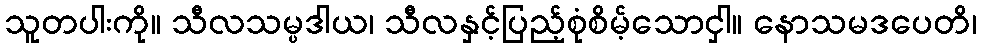
သူတပါးကို။ သီလသမ္ပဒါယ၊ သီလနှင့်ပြည့်စုံစိမ့်သောငှါ။ နောသမဒပေတိ၊